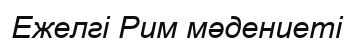
Ежелгі Рим мәдениеті